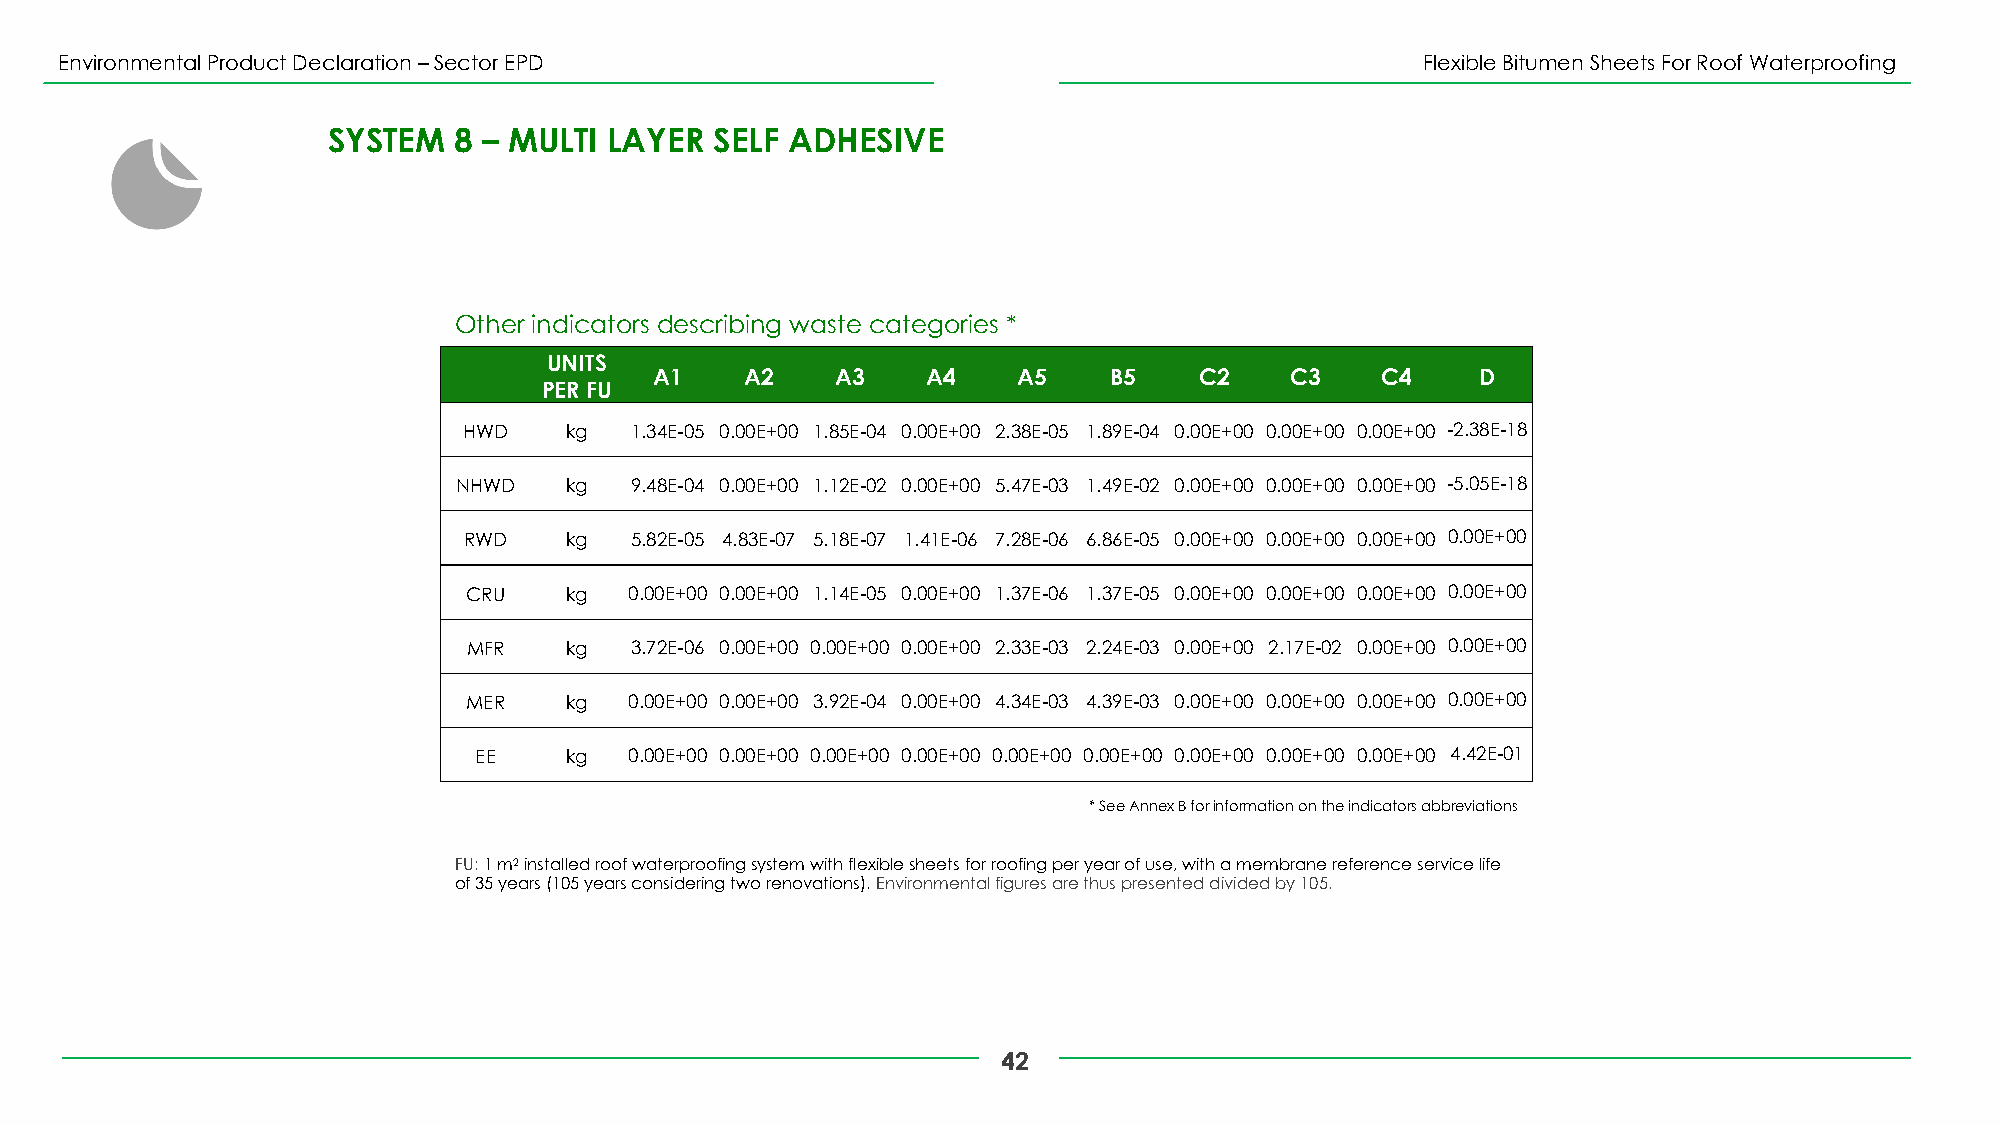
Environmental Product Declaration –Sector EPD                                             Flexible Bitumen Sheets For Roof Waterproofing
 SYSTEM  8 – MULTI LAYER  SELF ADHESIVE
 Other indicators describing waste categories *
 UNITS
 A1    A2    A3    A4    A5    B5    C2    C3    C4     D
 PER FU
 HWD   kg   1.34E-05 0.00E+00 1.85E-04 0.00E+00 2.38E-05 1.89E-04 0.00E+00 0.00E+00 0.00E+00 -2.38E-18
 NHWD   kg   9.48E-04 0.00E+00 1.12E-02 0.00E+00 5.47E-03 1.49E-02 0.00E+00 0.00E+00 0.00E+00 -5.05E-18
 RWD   kg   5.82E-05 4.83E-07 5.18E-07 1.41E-06 7.28E-06 6.86E-05 0.00E+00 0.00E+00 0.00E+00 0.00E+00
 CRU   kg   0.00E+00 0.00E+00 1.14E-05 0.00E+00 1.37E-06 1.37E-05 0.00E+00 0.00E+00 0.00E+00 0.00E+00
 MFR   kg   3.72E-06 0.00E+00 0.00E+00 0.00E+00 2.33E-03 2.24E-03 0.00E+00 2.17E-02 0.00E+00 0.00E+00
 MER   kg   0.00E+00 0.00E+00 3.92E-04 0.00E+00 4.34E-03 4.39E-03 0.00E+00 0.00E+00 0.00E+00 0.00E+00
 EE    kg   0.00E+00 0.00E+00 0.00E+00 0.00E+00 0.00E+00 0.00E+00 0.00E+00 0.00E+00 0.00E+00 4.42E-01
 * See Annex B for information on the indicators abbreviations
 FU: 1 m2installed roof waterproofing system with flexible sheets for roofing per year of use, with a membrane reference service life
 of 35 years (105 years considering two renovations). Environmental figures are thus presented divided by 105.
 42